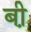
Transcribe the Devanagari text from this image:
बी़